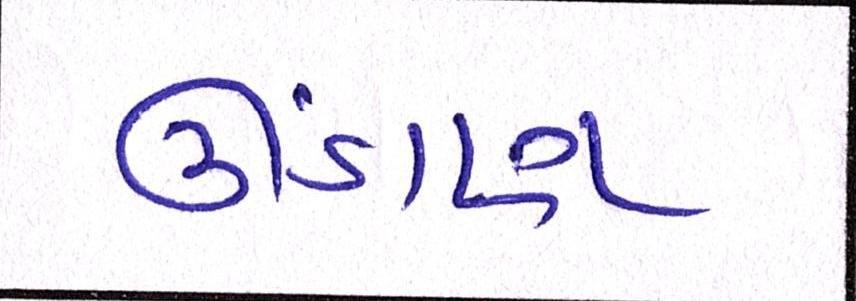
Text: ઊંડાણ